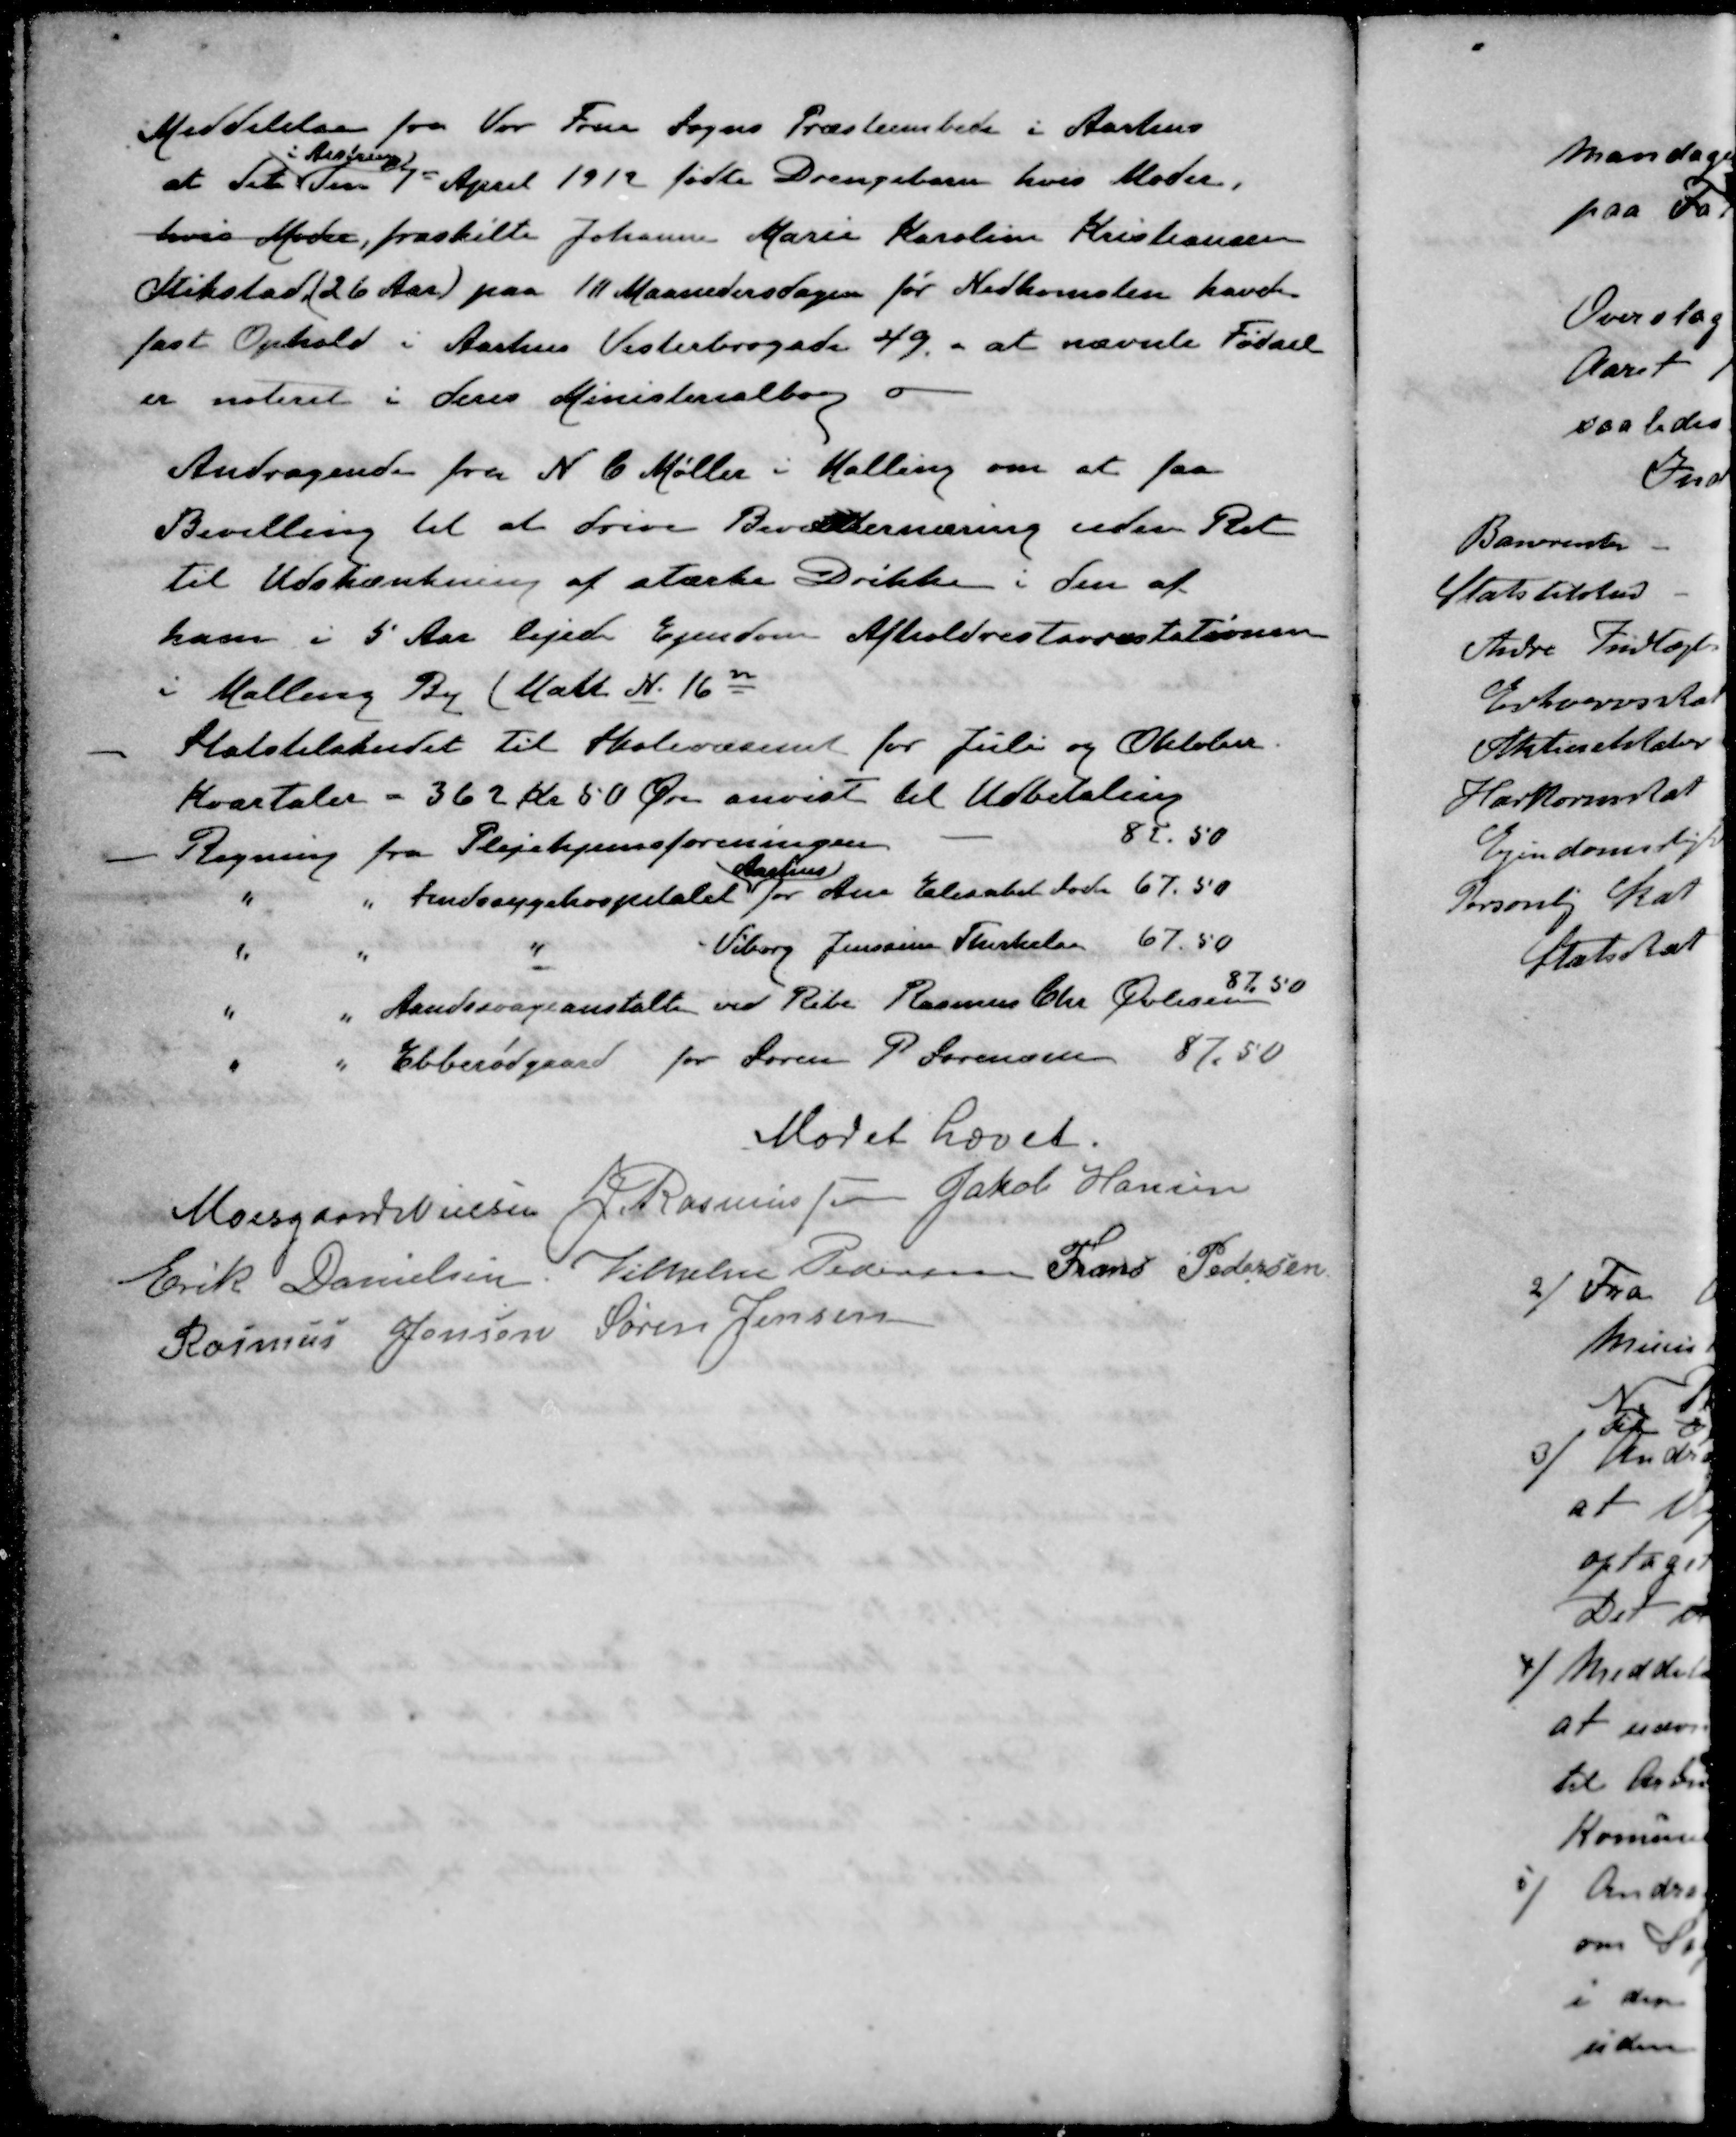
Transskription:
Meddelelse fra Vor Frue Sogns Præsteembede i Aarhus
i Aistrup
at det den 1st April 1912 fødte Drengebarn hvis Moder.
hvis Moder, fraskille Johanne Marie Karoline Kristiansen
Mikstad (26 Aar) paa 10 Maanedersdagen for Nedkomsten havde
fast Ophold i Aarhus Vesterbrogade 49, - at nævnte Fødsel
er noteret i deres Ministerialborg
Andragende fra N. C. Møller i Malling om at faa
Bevilling til at drive Beværternæring uden Ret
til Udskænkning af stærke Drikke i den af
ham i 5 Aar lejede Ejendom Afholdrestaurantatationen
i Malling By (Malr. N. 16n
- Statstilskudet til Skolevæsenet for Juli og Oktober
Kvartaler - 362 Kr 50 Øre anvist til Udbetaling
- Regning fra Plejehjemsforeningen 87.50
Aarhus
" " Sindsygehospitalet for Ane Elisabet Sode 67.50
" " Sindsygehospitalet Viborg Jensine Therkelsen 67.50
" " Aandssvageanstalte ved Ribe. Rasmus Chr. Øvlisen 87.50
" " Ebberødgaard for Søren P Sørensen 87,50
Mødet hævet.
Moesgaard Nielsen
J. Rasmussen
Jakob Hansen
Erik Danielsen
Vilhelm Pedersen
Frans Pedersen
Rasmus Jensen
Søren Jensen